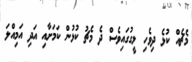
މެޗެއް ކުޅެ ދިވެހި ލީގުގައިވެސް ދެ މެޗު ކުޅުން ކަމަށާއި އަދި އަމިއްލަ